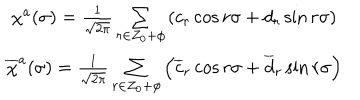
\begin{array} { c c c } { { \chi ^ { a } ( \sigma ) = \frac 1 { \sqrt { 2 \pi } } \sum _ { r \in Z _ { 0 } + \phi } \left( c _ { r } \cos { r \sigma } + d _ { r } \sin { r \sigma } \right) } } & { { } } & { { } } \\ { { \overline { { { \chi } } } ^ { a } ( \sigma ) = \frac 1 { \sqrt { 2 \pi } } \sum _ { r \in Z _ { 0 } + \phi } \left( \overline { { { c } } } _ { r } \cos { r \sigma } + \overline { { { d } } } _ { r } \sin { r \sigma } \right) } } & { { } } & { { } } \\ \end{array}